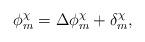
LaTeX: \begin{align*} \phi^\chi_m = \Delta\phi^\chi_m + \delta^\chi_m,\end{align*}